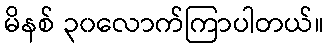
မိနစ် ၃၀လောက်ကြာပါတယ်။